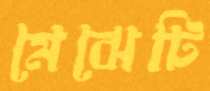
মেঝেটি